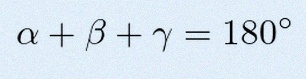
\alpha+\beta+\gamma=180^\circ